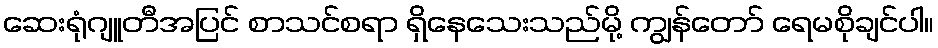
ဆေးရုံဂျူတီအပြင် စာသင်စရာ ရှိနေသေးသည်မို့ ကျွန်တော် ရေမစိုချင်ပါ။